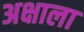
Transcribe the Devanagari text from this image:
अक्षाला